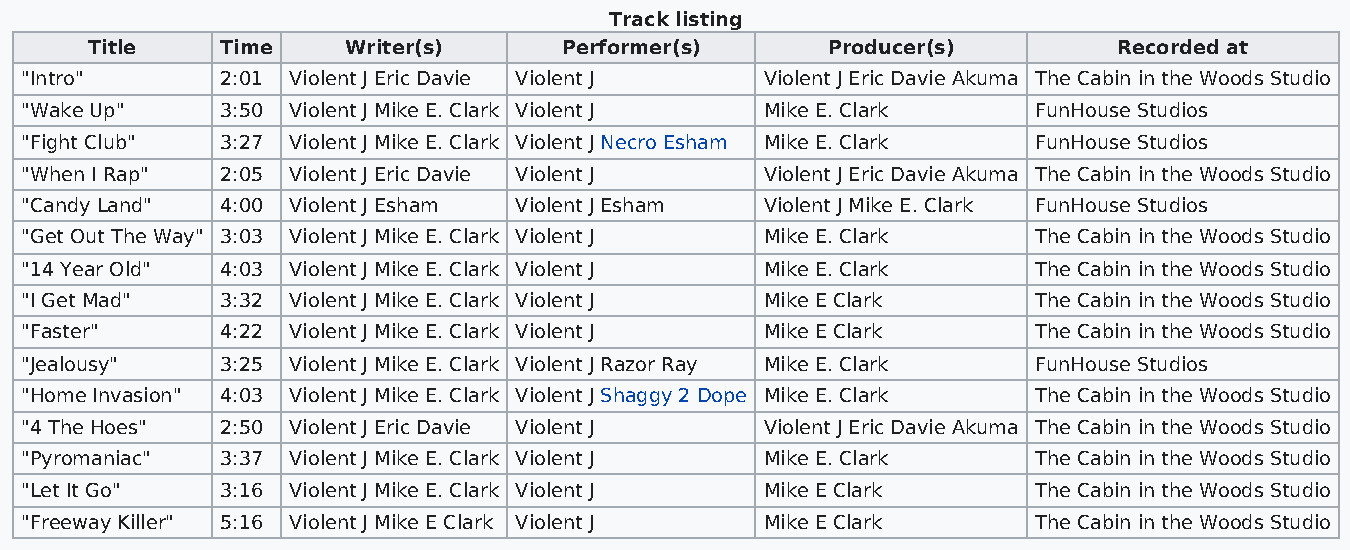
Track listing
 Title    Time    Writer(s)     Performer(s)      Producer(s)        Recorded at
 "Intro"       2:01 Violent J Eric Davie Violent J Violent J Eric Davie Akuma The Cabin in the Woods Studio
 "Wake Up"     3:50 Violent J Mike E. Clark Violent J Mike E. Clark  FunHouse Studios
 "Fight Club"  3:27 Violent J Mike E. Clark Violent J Necro Esham Mike E. Clark FunHouse Studios
 "When I Rap"  2:05 Violent J Eric Davie Violent J Violent J Eric Davie Akuma The Cabin in the Woods Studio
 "Candy Land"  4:00 Violent J Esham Violent J Esham Violent J Mike E. Clark FunHouse Studios
 "Get Out The Way" 3:03 Violent J Mike E. Clark Violent J Mike E. Clark The Cabin in the Woods Studio
 "14 Year Old" 4:03 Violent J Mike E. Clark Violent J Mike E. Clark  The Cabin in the Woods Studio
 "I Get Mad"   3:32 Violent J Mike E. Clark Violent J Mike E Clark   The Cabin in the Woods Studio
 "Faster"      4:22 Violent J Mike E. Clark Violent J Mike E Clark   The Cabin in the Woods Studio
 "Jealousy"    3:25 Violent J Mike E. Clark Violent J Razor Ray Mike E. Clark FunHouse Studios
 "Home Invasion" 4:03 Violent J Mike E. Clark Violent J Shaggy 2 Dope Mike E. Clark The Cabin in the Woods Studio
 "4 The Hoes"  2:50 Violent J Eric Davie Violent J Violent J Eric Davie Akuma The Cabin in the Woods Studio
 "Pyromaniac"  3:37 Violent J Mike E. Clark Violent J Mike E. Clark  The Cabin in the Woods Studio
 "Let It Go"   3:16 Violent J Mike E. Clark Violent J Mike E Clark   The Cabin in the Woods Studio
 "Freeway Killer" 5:16 Violent J Mike E Clark Violent J Mike E Clark The Cabin in the Woods Studio